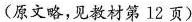
(原文略，见教材第12页)